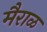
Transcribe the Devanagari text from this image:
मैराळ